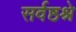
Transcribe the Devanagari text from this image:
सर्वष्ठश्रे